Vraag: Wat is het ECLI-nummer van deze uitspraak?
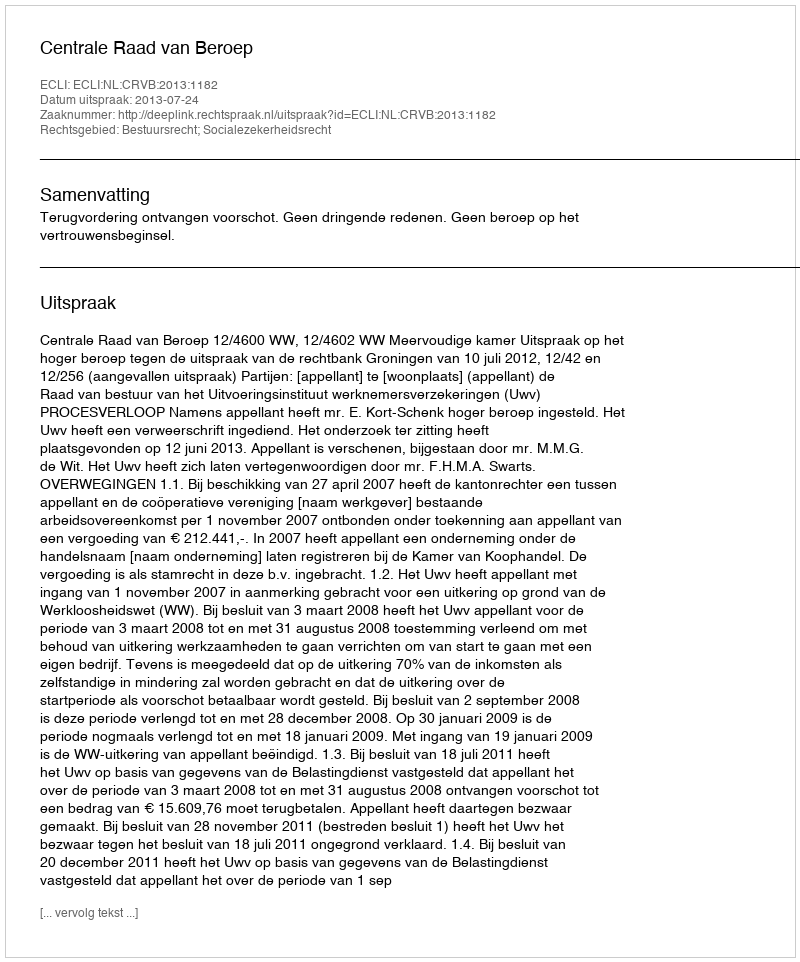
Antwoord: ECLI:NL:CRVB:2013:1182